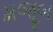
મજૂબ